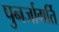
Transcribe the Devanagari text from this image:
पुनर्जागर्ति